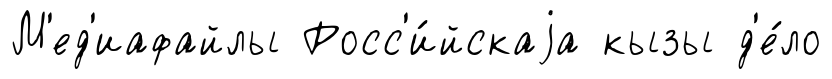
М'ед'иафайлы Росс'и́йскаjа кызы д'е́ло